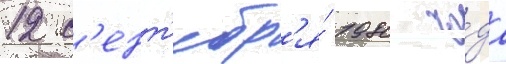
12 с'ент'ябр'я́ 1980 го́да